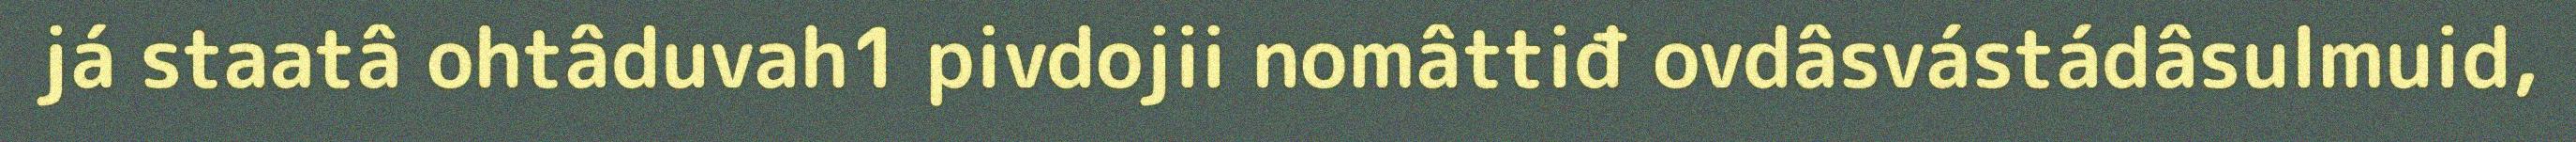
já staatâ ohtâduvah1 pivdojii nomâttiđ ovdâsvástádâsulmuid,